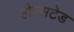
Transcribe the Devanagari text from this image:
होम्सटेड